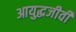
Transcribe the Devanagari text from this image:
आयुद्धजीवी